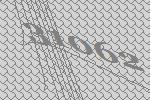
31062